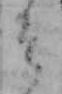
そ